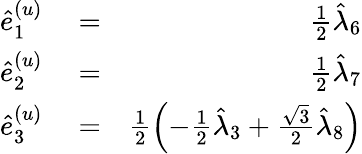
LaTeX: \begin{array}{rlr}{\hat{e}_{1}^{(u)}}&{{}=}&{\frac{1}{2}\hat{\lambda}_{6}}\\ {\hat{e}_{2}^{(u)}}&{{}=}&{\frac{1}{2}\hat{\lambda}_{7}}\\ {\hat{e}_{3}^{(u)}}&{{}=}&{\frac{1}{2}\left(-\frac{1}{2}\hat{\lambda}_{3}+\frac{\sqrt{3}}{2}\hat{\lambda}_{8}\right)}\end{array}